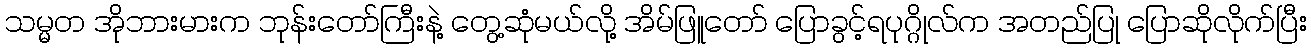
သမ္မတ အိုဘားမားက ဘုန်းတော်ကြီးနဲ့ တွေ့ဆုံမယ်လို့ အိမ်ဖြူတော် ပြောခွင့်ရပုဂ္ဂိုလ်က အတည်ပြု ပြောဆိုလိုက်ပြီး